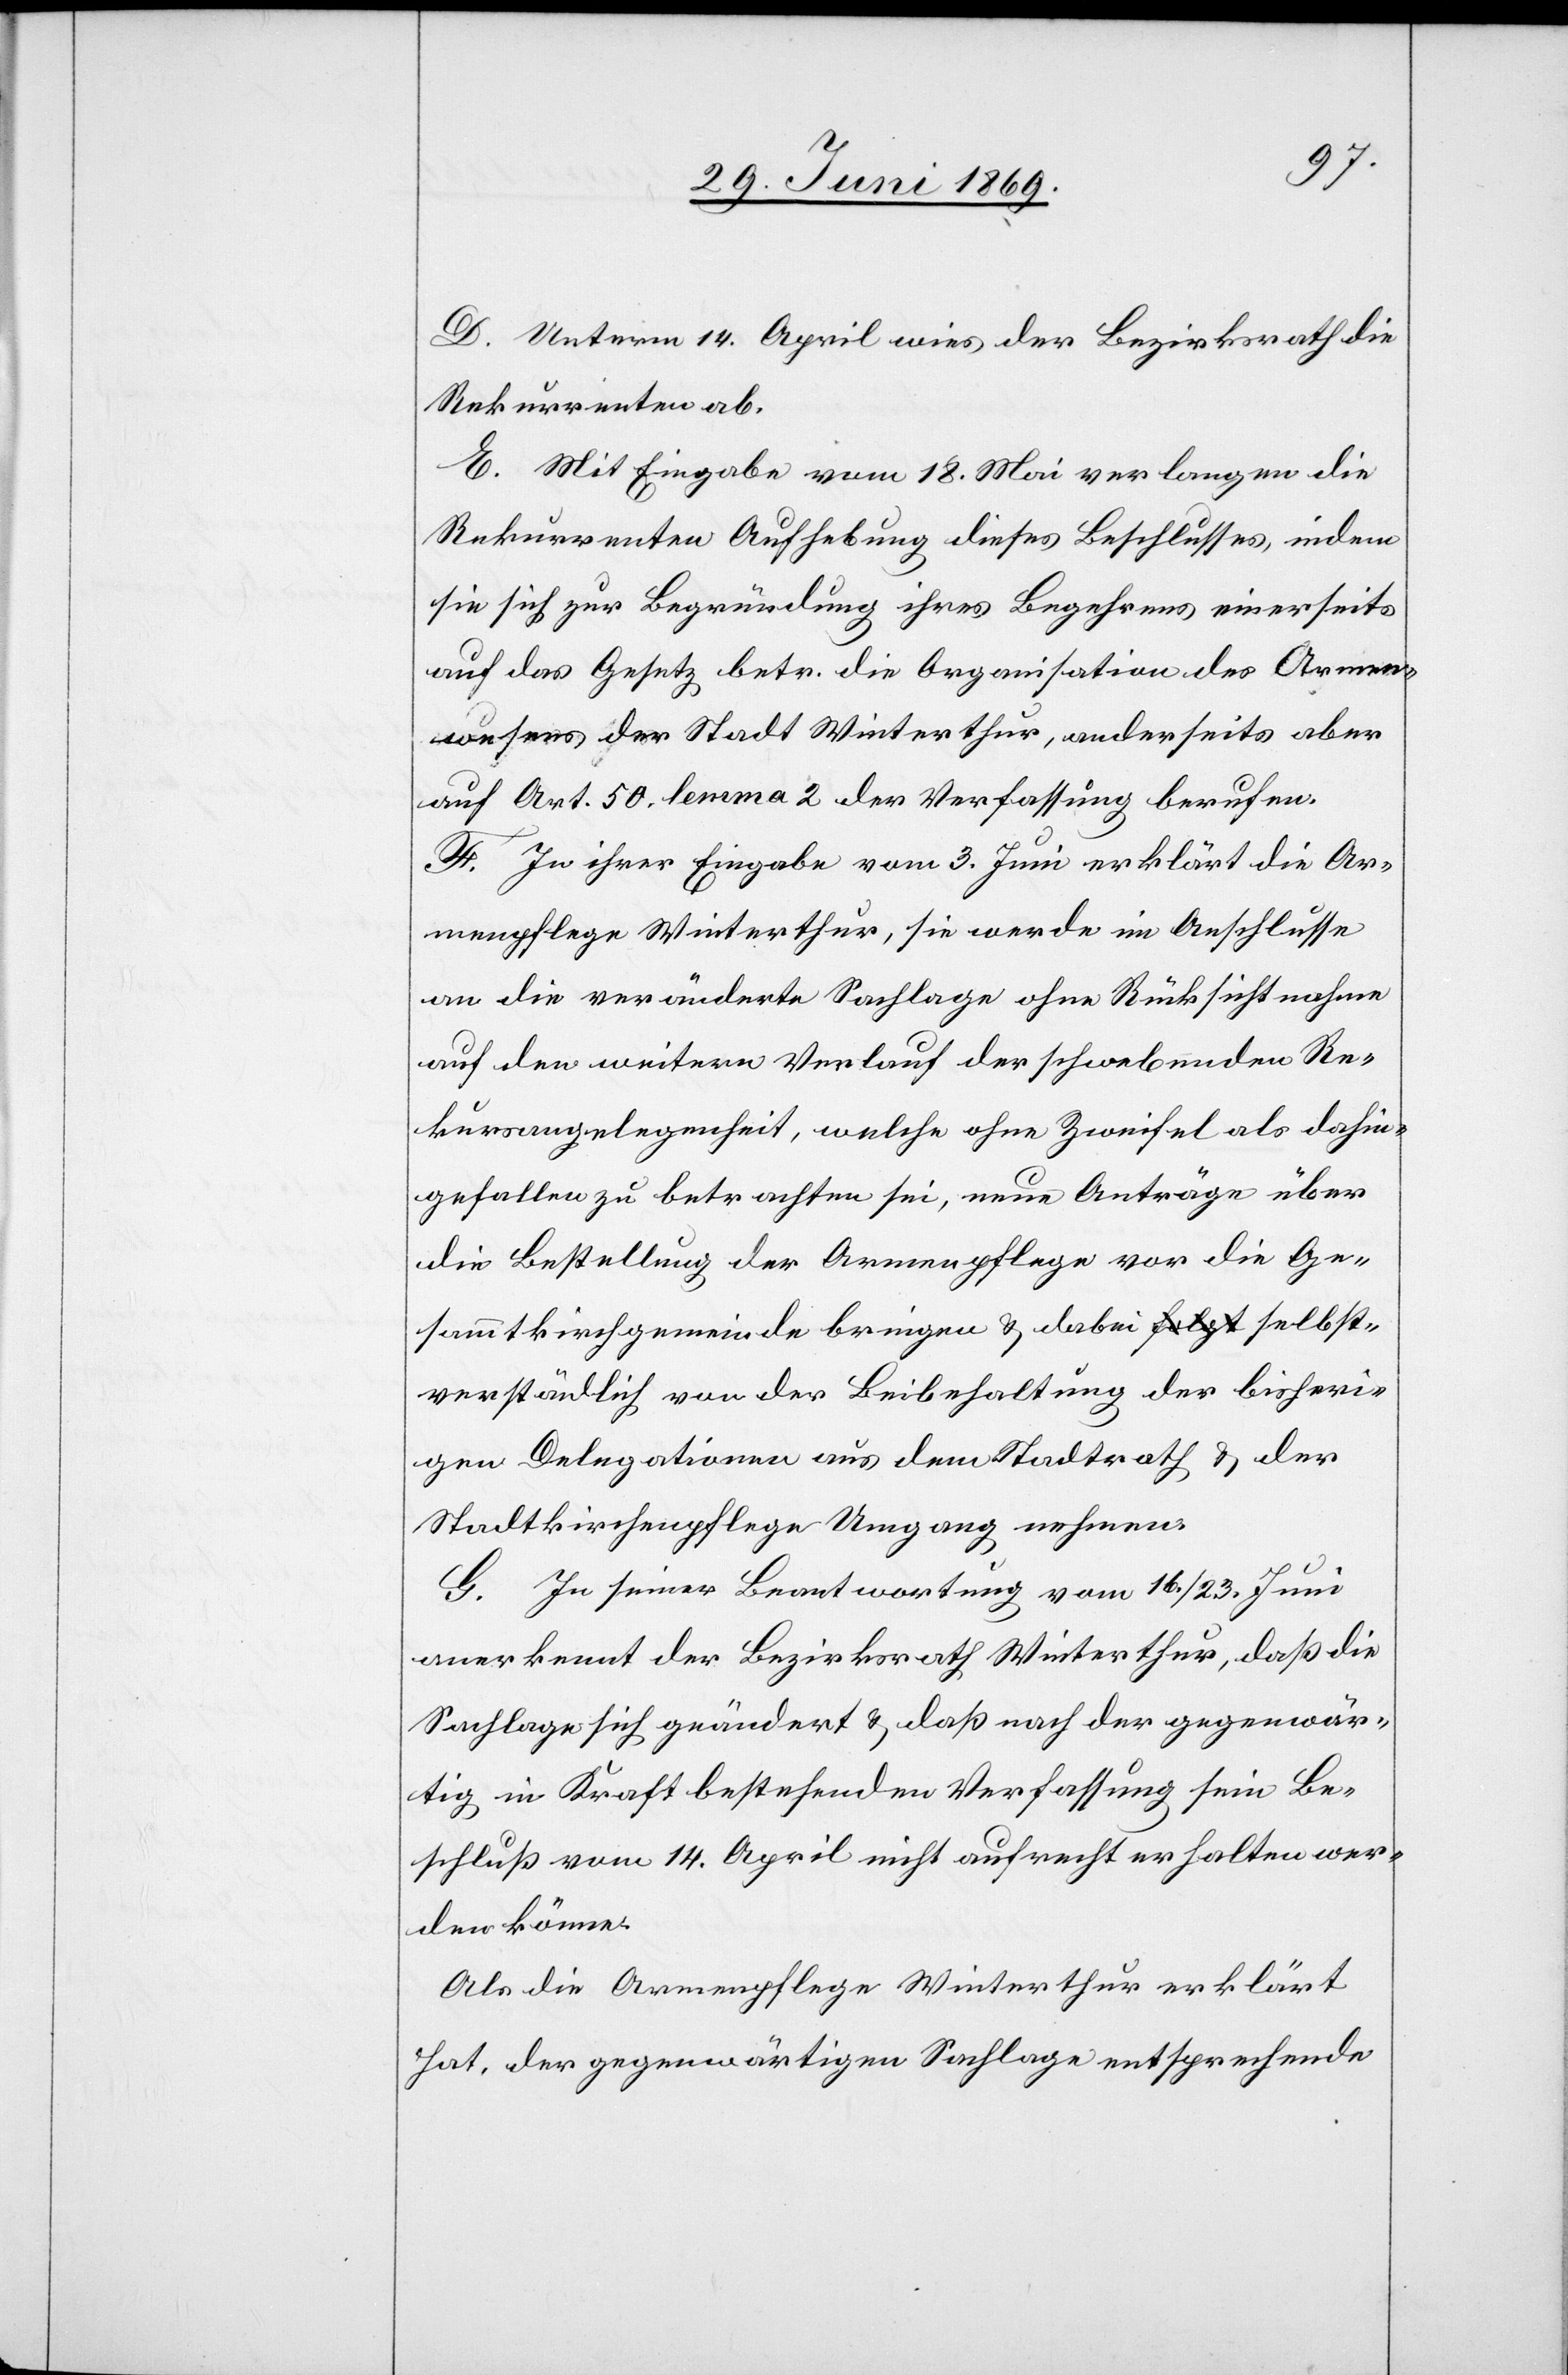
D. Unterm 14. April wies der Bezirksrath die
Rekurrenten ab.
E. Mit Eingabe vom 18. Mai verlangen die
Rekurrenten Aufhebung dieses Beschlusses, indem
sie sich zur Begründung ihres Begehrens einerseits
auf das Gesetz betr. die Organisation des Armen¬
wesens der Stadt Winterthur, anderseits aber
auf Art. 50, lemma 2 der Verfassung berufen.
F. In ihrer Eingabe vom 3. Juni erklärt die Ar¬
menpflege Winterthur, sie werde im Anschlusse
an die veränderte Sachlage ohne Rücksichtnahme
auf den weitern Verlauf der schwebenden Re¬
kursangelegenheit, welche ohne Zweifel als dahin¬
gefallen zu betrachten sei, neue Anträge über
die Bestellung der Armenpflege vor die Ge¬
sammtkirchgemeinde bringen u. dabei selbst¬
verständlich von der Beibehaltung der bisheri¬
gen Delegation aus dem Stadtrath u. der
Stadtkirchenpflege Umgang nehmen.
G. In seiner Beantwortung vom 16./23. Juni
anerkennt der Bezirksrath Winterthur, daß die
Sachlage sich geändert u. daß nach der gegenwär¬
tig in Kraft bestehenden Verfassung sein Be¬
schluß vom 14. April nicht aufrecht erhalten wer¬
den könne.
Als die Armenpflege Winterthur erklärt
hat, der gegenwärtigen Sachlage entsprechende